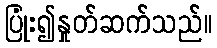
ပြုံး၍နှုတ်ဆက်သည်။